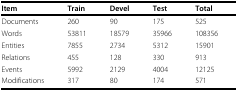
| Item | Train | Devel | Test | Total |
 | --- | --- | --- | --- | --- |
 | Documents | 260 | 90 | 175 | 525 |
 | Words | 53811 | 18579 | 35966 | 108356 |
 | Entities | 7855 | 2734 | 5312 | 15901 |
 | Relations | 455 | 128 | 330 | 913 |
 | Events | 5992 | 2129 | 4004 | 12125 |
 | Modifications | 317 | 80 | 174 | 571 |